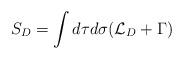
LaTeX: \begin{align*}S_D = \int d\tau d\sigma ({\cal L}_D+\Gamma)\end{align*}